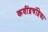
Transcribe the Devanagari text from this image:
कवींद्रचंद्रिका